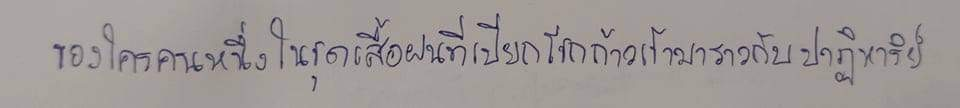
ของใครคนหนึ่งในชุดเสื้อฝนที่เปียกโชกก้าวเข้ามาราวกับปาฏิหาริย์